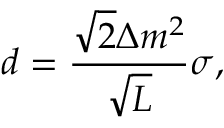
d = \frac { \sqrt { 2 } \Delta m ^ { 2 } } { \sqrt { L } } \sigma ,